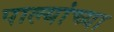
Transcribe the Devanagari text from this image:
पाल्यांच्या